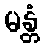
မန္တံ